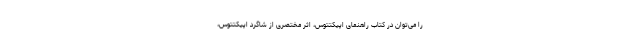
را می‌توان در کتاب ‌راهنمای اپیکتتوس، اثر مختصری از شاگرد اپیکتتوس،